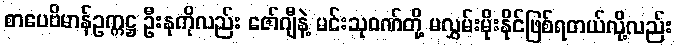
စာပေဗိမာန်ဥက္ကဋ္ဌ ဦးနုကိုလည်း ဇော်ဂျီနဲ့ မင်းသုဝဏ်တို့ မလွှမ်းမိုးနိုင်ဖြစ်ရတယ်လို့လည်း